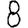
Digit: 8